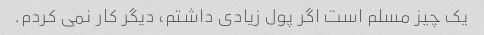
یک چیز مسلم است اگر پول زیادی داشتم، دیگر کار نمی کردم.